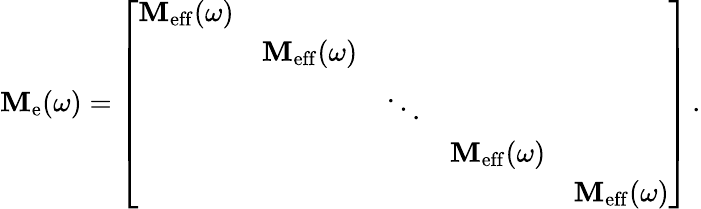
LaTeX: \mathbf{M}_{\mathrm{e}}(\omega)=\left[\begin{array}{lllll}{\mathbf{M}_{\mathrm{eff}}(\omega)}&&&&\\ &{\mathbf{M}_{\mathrm{eff}}(\omega)}&&&\\ &&{\ddots}&&\\ &&&{\mathbf{M}_{\mathrm{eff}}(\omega)}&\\ &&&&{\mathbf{M}_{\mathrm{eff}}(\omega)}\end{array}\right]\, .